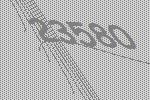
23580